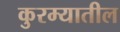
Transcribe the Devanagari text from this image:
कुरम्यातील